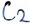
Text: C2